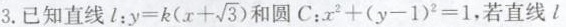
3.已知直线l : $$y = k ( x + \sqrt { 3 } )$$ 和圆C：$$x ^ { 2 } + ( y - 1 ) ^ { 2 } = 1$$，若直线l